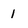
Character: I